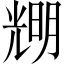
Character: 𠒫